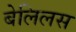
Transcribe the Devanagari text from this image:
बेलिलस